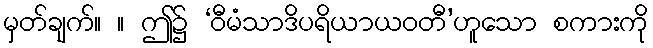
မှတ်ချက်။ ။ ဤ၌ ‘ဝီမံသာဒိပရိယာယဝတီ’ဟူသော စကားကို